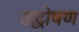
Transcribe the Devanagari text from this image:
उद्घोषण